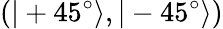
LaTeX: (|+45^{\circ}\rangle,|-45^{\circ}\rangle)